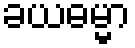
ခယဓမ္မာ